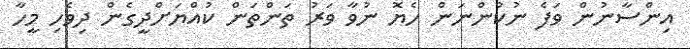
އިންސާނުން ވަފެ ނުކުންނަން ހެޔޮ ނުވާ ވަރު ތަންތަން ކުއްޔަށްދީގެން ދިވެހި މީހާ